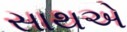
સાથએ